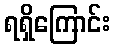
ရရှိကြောင်း